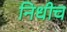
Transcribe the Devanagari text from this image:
निधीच